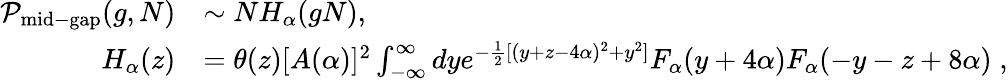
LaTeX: \begin{array}{rl}{\mathcal{P}_{\mathrm{mid-gap}}(g,N)}&{\sim NH_{\alpha}(gN),}\\ {H_{\alpha}(z)}&{=\theta(z)[A(\alpha)]^{2}\int_{-\infty}^{\infty}dye^{-\frac{1}{2}[(y+z-4\alpha)^{2}+y^{2}]}F_{\alpha}(y+4\alpha)F_{\alpha}(-y-z+8\alpha)\; ,}\end{array}